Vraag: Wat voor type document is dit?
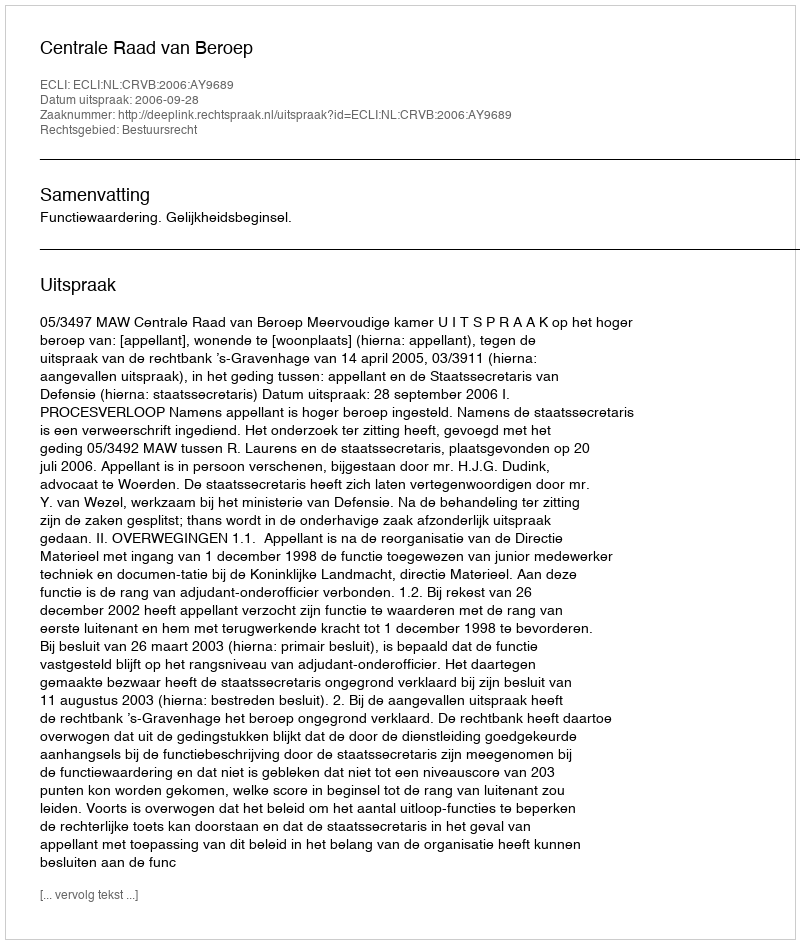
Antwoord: Uitspraak